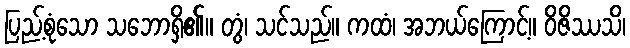
ပြည့်စုံသော သဘောရှိ၏။ တွံ၊ သင်သည်။ ကထံ၊ အဘယ်ကြောင့်။ ဝိဇိဿသိ၊